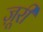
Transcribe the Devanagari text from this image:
ज़ूरी